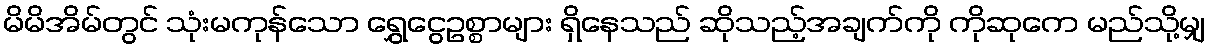
မိမိအိမ်တွင် သုံးမကုန်သော ရွှေငွေဥစ္စာများ ရှိနေသည် ဆိုသည့်အချက်ကို ကိုဆုကေ မည်သို့မျှ